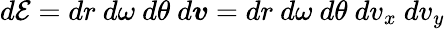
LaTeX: d\mathcal{E}=dr\ d\omega\ d\theta\ d\boldsymbol{v}=dr\ d\omega\ d\theta\ dv_{x}\ dv_{y}